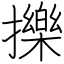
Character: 擽